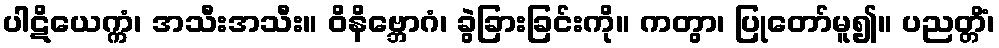
ပါဋိယေက္ကံ၊ အသီးအသီး။ ဝိနိဗ္ဘောဂံ၊ ခွဲခြားခြင်းကို။ ကတွာ၊ ပြုတော်မူ၍။ ပညတ္တိံ၊